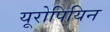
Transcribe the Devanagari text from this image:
यूरोपियिन